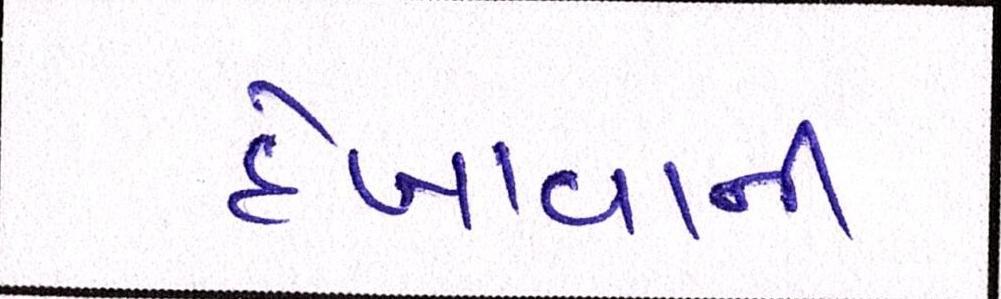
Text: દેખાવાની